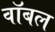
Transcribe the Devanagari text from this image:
वॉबल